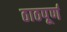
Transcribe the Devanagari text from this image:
ठाठपूर्ण